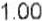
1.00